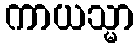
ကာယသ္မာ